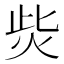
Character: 𤇬